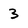
Character: 3